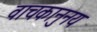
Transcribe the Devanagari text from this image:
वाचकानुनय